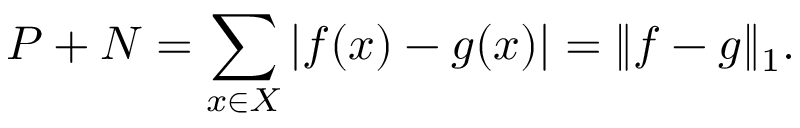
P + N = \sum _ { x \in X } | f ( x ) - g ( x ) | = \| f - g \| _ { 1 } .